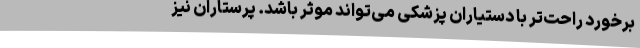
برخورد راحت‌تر با دستیاران پزشکی می‌تواند موثر باشد. پرستاران نیز